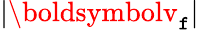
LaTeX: |\boldsymbolv_{\mathtt{f}}|